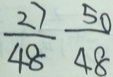
\frac { 2 7 } { 4 8 } \frac { 5 0 } { 4 8 }